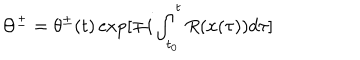
LaTeX: \Theta ^ { \pm } = \theta ^ { \pm } ( t ) \exp [ \mp i \int _ { t _ { 0 } } ^ { t } R ( x ( \tau ) ) d \tau ]